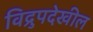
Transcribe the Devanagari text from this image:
विद्रुपदेखील